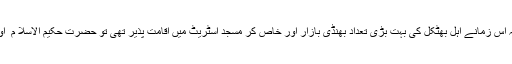
حج کمیٹی ممبئی سے وابستگی نے بھی ان تعلقات کو مضبوط تر کیا تھا، اور چونکہ اس زمانے اہل بھٹکل کی بہت بڑی تعداد بھنڈی بازار اور خاص کر مسجد اسٹریٹ میں اقامت پذیر تھی تو حضرت حکیم الاسلا م ؒ اور مولانا محمد سالم قاسمی علیہ الرحمۃ سے انہیں براہ راست استفادے کا موقعہ ملا ۔